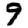
Digit: 9